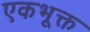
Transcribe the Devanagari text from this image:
एकभूक्त